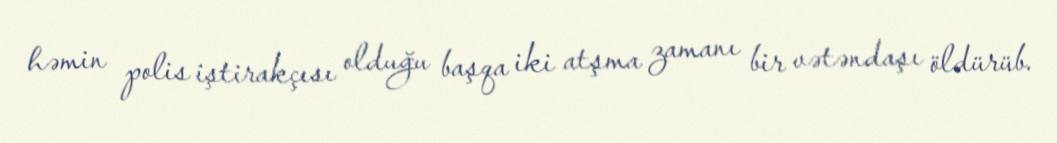
həmin polis iştirakçısı olduğu başqa iki atşma zamanı bir vətəndaşı öldürüb.